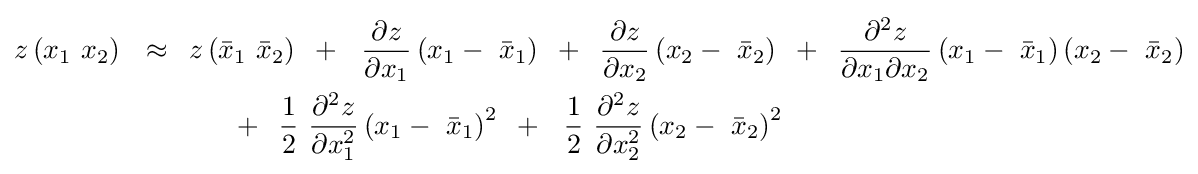
{\begin{aligned}&z\left({x_{1}\,\,x_{2}}\right)\,\,\,\,\approx \,\,\,z\left({{\bar {x}}_{1}\,\,{\bar {x}}_{2}}\right)\,\,\,+\,\,\,\,{{\partial z} \over {\partial x_{1}}}\left({x_{1}-\,\,{\bar {x}}_{1}}\right)\,\,\,+\,\,\,{{\partial z} \over {\partial x_{2}}}\left({x_{2}-\,\,{\bar {x}}_{2}}\right)\,\,\,+\,\,\,{{\partial ^{2}z} \over {\partial x_{1}\partial x_{2}}}\left({x_{1}-\,\,{\bar {x}}_{1}}\right)\left({x_{2}-\,\,{\bar {x}}_{2}}\right)\\&\,\,\,\,\,\,\,\,\,\,\,\,\,\,\,\,\,\,\,\,\,\,\,\,\,\,\,\,\,\,\,\,\,\,\,\,\,\,\,\,\,\,\,\,\,\,\,+\,\,\,{1 \over 2}\,\,{{\partial ^{2}z} \over {\partial x_{1}^{2}}}\left({x_{1}-\,\,{\bar {x}}_{1}}\right)^{2}\,\,\,+\,\,\,\,{1 \over 2}\,\,{{\partial ^{2}z} \over {\partial x_{2}^{2}}}\left({x_{2}-\,\,{\bar {x}}_{2}}\right)^{2}\end{aligned}}